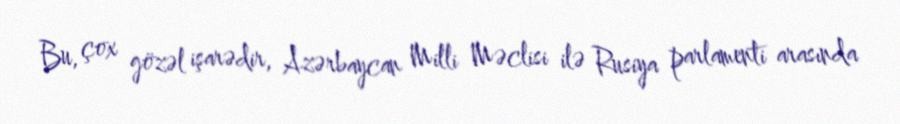
Bu, çox gözəl işarədir, Azərbaycan Milli Məclisi ilə Rusiya parlamenti arasında